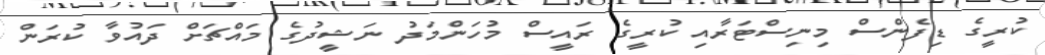
ކުރީގެ ޑިފެންްސް މިނިސްޓަރާއި ކުރީގެ ރައީސް މުހަންމަދު ނަޝީދުގެ މައްޗަށް ދައުވާ ކުރަން